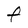
Character: F